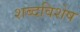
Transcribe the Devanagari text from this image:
शब्दविशेष